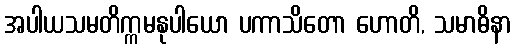
အပါယသမတိက္ကမနုပါယော ပကာသိတော ဟောတိ, သမာဓိနာ